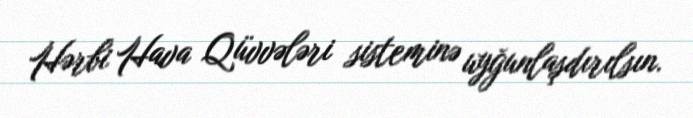
Hərbi Hava Qüvvələri sisteminə uyğunlaşdırılsın.